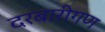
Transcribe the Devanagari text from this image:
दरबारीगण